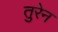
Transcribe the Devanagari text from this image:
तुरेन